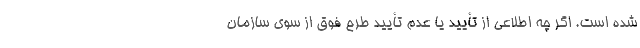
شده است. اگر چه اطلاعی از تأیید یا عدم تأیید طرح فوق از سوی سازمان